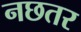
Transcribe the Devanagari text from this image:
नछतर